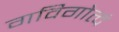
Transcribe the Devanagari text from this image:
गविगोत्वं